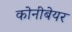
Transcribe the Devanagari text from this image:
कोनीबेयर